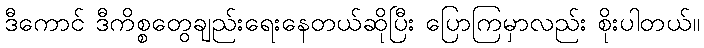
ဒီကောင် ဒီကိစ္စတွေချည်းရေးနေတယ်ဆိုပြီး ပြောကြမှာလည်း စိုးပါတယ်။